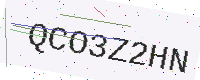
Text: QCO3Z2HN